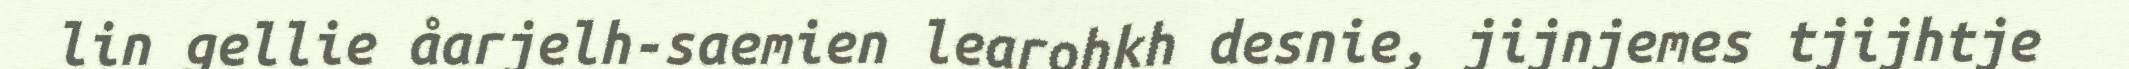
lin gellie åarjelh-saemien learohkh desnie, jijnjemes tjijhtje